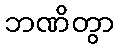
ဘဏိတွာ